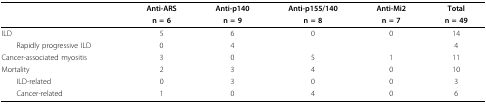
<table><thead><tr><td></td><td><b>Anti-ARS</b></td><td><b>Anti-p140</b></td><td><b>Anti-p155/140</b></td><td><b>Anti-Mi2</b></td><td><b>Total</b></td></tr><tr><td></td><td><b>n = 6</b></td><td><b>n = 9</b></td><td><b>n = 8</b></td><td><b>n = 7</b></td><td><b>n = 49</b></td></tr></thead><tbody><tr><td>ILD</td><td>5</td><td>6</td><td>0</td><td>0</td><td>14</td></tr><tr><td> Rapidly progressive ILD</td><td>0</td><td>4</td><td></td><td></td><td>4</td></tr><tr><td>Cancer-associated myositis</td><td>3</td><td>0</td><td>5</td><td>1</td><td>11</td></tr><tr><td>Mortality</td><td>2</td><td>3</td><td>4</td><td>0</td><td>10</td></tr><tr><td> ILD-related</td><td>0</td><td>3</td><td>0</td><td>0</td><td>3</td></tr><tr><td> Cancer-related</td><td>1</td><td>0</td><td>4</td><td>0</td><td>6</td></tr></tbody></table>